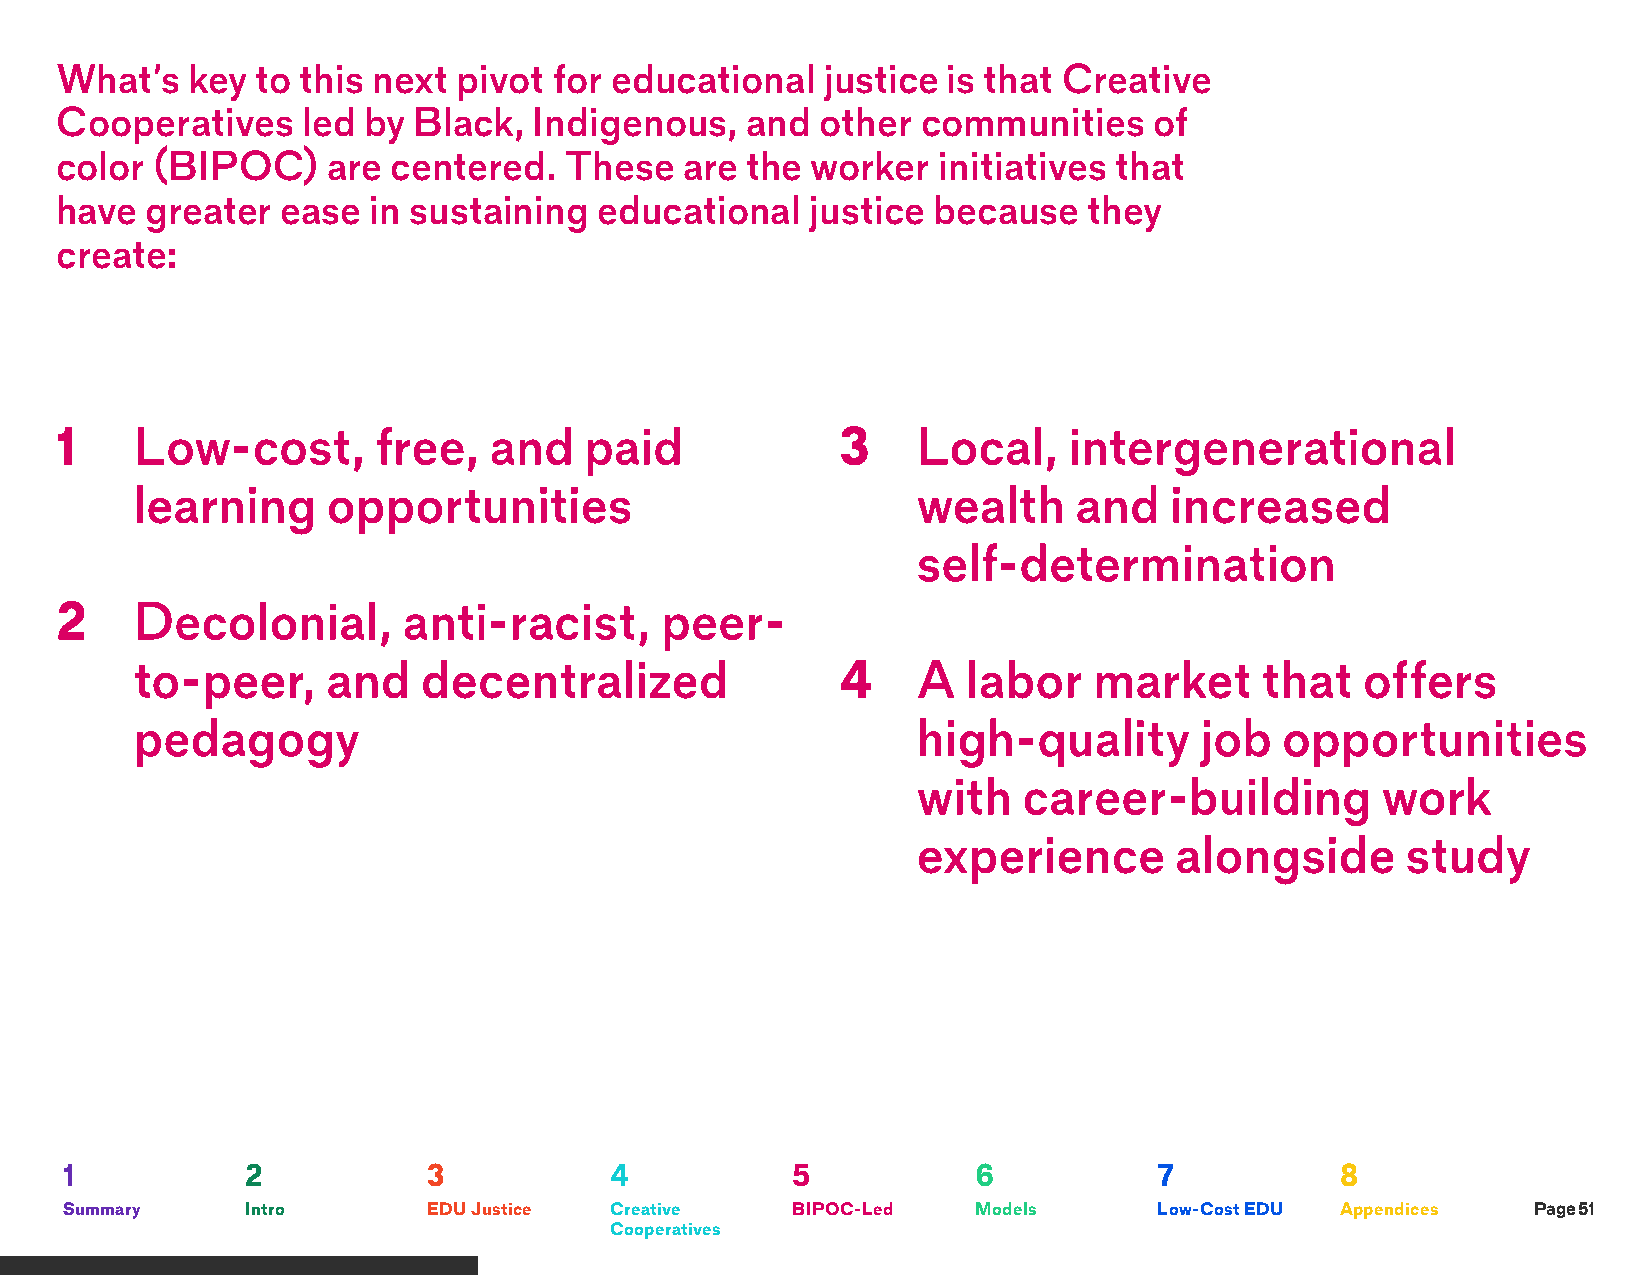
What’s  key  to this next pivot  for educational   justice is that Creative
 Cooperatives    led by Black,  Indigenous,   and  other  communities    of
 color (BIPOC)     are centered.  These   are the  worker  initiatives that
 have  greater  ease in sustaining   educational   justice because   they
 create:
 1    Low-cost,       free,  and    paid             3    Local,    intergenerational
 learning     opportunities                          wealth    and   increased
 self-determination
 2    Decolonial,       anti-racist,     peer-
 to-peer,     and   decentralized               4    A  labor   market     that   offers
 pedagogy                                            high-quality      job   opportunities
 with   career-building        work
 experience       alongside      study
 1           2           3           4           5            6           7           8
 Summary     Intro       EDU Justice Creative    BIPOC-Led    Models      Low-Cost EDU Appendices Page 51
 Cooperatives